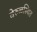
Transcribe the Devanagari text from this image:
वेरुळस्थित